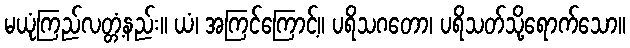
မယုံကြည်လတ္တံ့နည်း။ ယံ၊ အကြင်ကြောင့်။ ပရိသဂတော၊ ပရိသတ်သို့ရောက်သော။